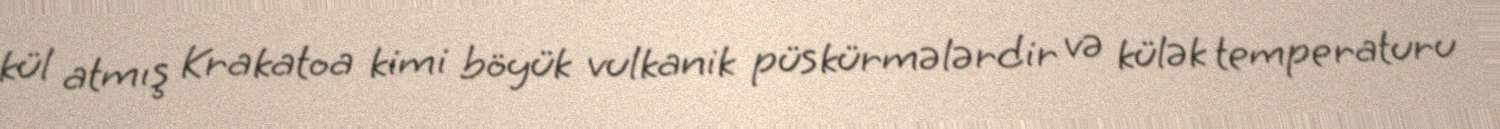
kül atmış Krakatoa kimi böyük vulkanik püskürmələrdir və külək temperaturu